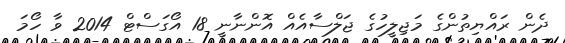
ދެން ރައްޔިތުންގެ މަޖިލީހުގެ ޖަލްސާއެއް އޮންނާނީ 18 އޯގަސްޓް 2014 ވާ ހޯމަ